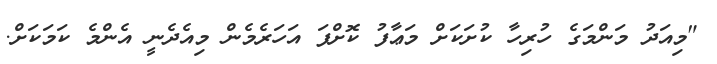
"މިއަދު މަންމަގެ ހުރިހާ ކުށަކަށް މަޢާފު ކޮށްފަ އަހަރެމެން މިއެދެނީ އެންމެ ކަމަކަށް.